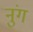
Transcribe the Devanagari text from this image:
नुंग